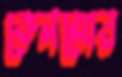
কেনমোর